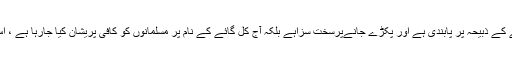
ہندوستان میں گائے کی قربانی کا مسئلہ : ہندوستان میں گائے کے ذبیحہ پر پابندی ہے اور پکڑے جانےپرسخت سزاہے بلکہ آج کل گائے کے نام پر مسلمانوں کو کافی پریشان کیا جارہا ہے ، اس الزام میں مسلمانوں کو قتل کردینا عام سی بات ہوگئی ہے ۔